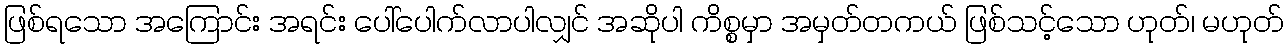
ဖြစ်ရသော အကြောင်း အရင်း ပေါ်ပေါက်လာပါလျှင် အဆိုပါ ကိစ္စမှာ အမှတ်တကယ် ဖြစ်သင့်သော ဟုတ်၊ မဟုတ်